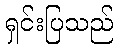
ရှင်းပြသည်